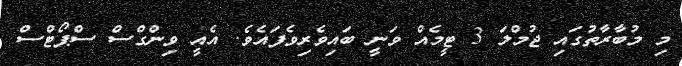
މި މުބާރާތުގައި ޖުމްލަ 3 ޓީމެއް ވަނީ ބައިވެރިވެފައެވެ. އެއީ ވިންގްސް ސްޕޯޓްސް